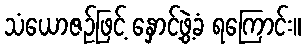
သံယောဇဉ်ဖြင့် နှောင့်ဖွဲ့ခံ ရကြောင်း။